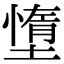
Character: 墯